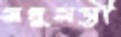
মধুমন্তী